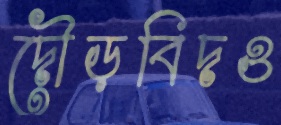
দৌড়বিদও